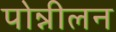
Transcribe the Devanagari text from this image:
पोन्नीलन